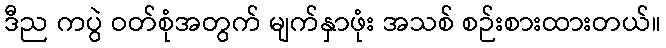
ဒီည ကပွဲ ဝတ်စုံအတွက် မျက်နှာဖုံး အသစ် စဉ်းစားထားတယ်။